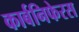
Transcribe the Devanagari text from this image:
कार्बनिफेरस